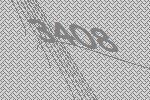
3408